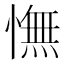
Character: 憮